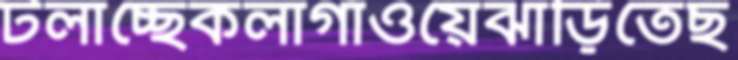
টলাচ্ছেকলাগাঁওয়েঝাড়িতেছ